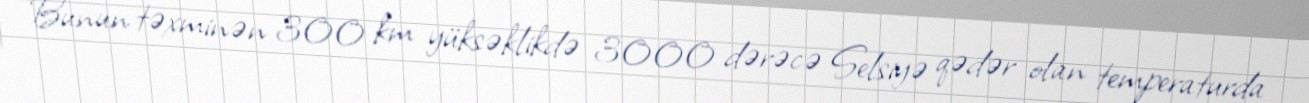
Bunun təxminən 300 km yüksəklikdə 3000 dərəcə Selsiyə qədər olan temperaturda